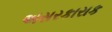
અસરકારાક